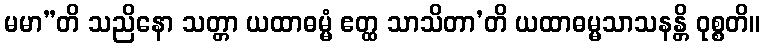
မမာ”တိ သညိနော သတ္တာ ယထာဓမ္မံ ဧတ္ထ သာသိတာ’တိ ယထာဓမ္မသာသနန္တိ ဝုစ္စတိ။